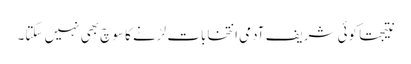
نتیجتاً کوئی شریف آدمی انتخابات لڑنے کا سوچ بھی نہیں سکتا۔